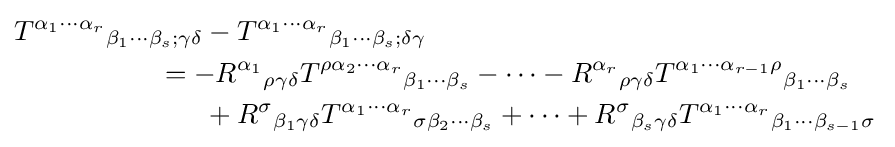
{\begin{aligned}T^{\alpha _{1}\cdots \alpha _{r}}{}_{\beta _{1}\cdots \beta _{s};\gamma \delta }&-T^{\alpha _{1}\cdots \alpha _{r}}{}_{\beta _{1}\cdots \beta _{s};\delta \gamma }\\&\!\!\!\!\!\!\!\!\!\!=-R^{\alpha _{1}}{}_{\rho \gamma \delta }T^{\rho \alpha _{2}\cdots \alpha _{r}}{}_{\beta _{1}\cdots \beta _{s}}-\cdots -R^{\alpha _{r}}{}_{\rho \gamma \delta }T^{\alpha _{1}\cdots \alpha _{r-1}\rho }{}_{\beta _{1}\cdots \beta _{s}}\\&+R^{\sigma }{}_{\beta _{1}\gamma \delta }T^{\alpha _{1}\cdots \alpha _{r}}{}_{\sigma \beta _{2}\cdots \beta _{s}}+\cdots +R^{\sigma }{}_{\beta _{s}\gamma \delta }T^{\alpha _{1}\cdots \alpha _{r}}{}_{\beta _{1}\cdots \beta _{s-1}\sigma }\,\end{aligned}}